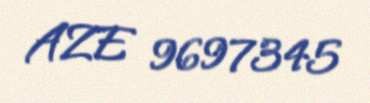
AZE 9697345